Report on sanitation, dispensaries, and jails in Rajputana for 1916, and on vaccination for the year 1916-1917 - 1916-1917
Year: 1916
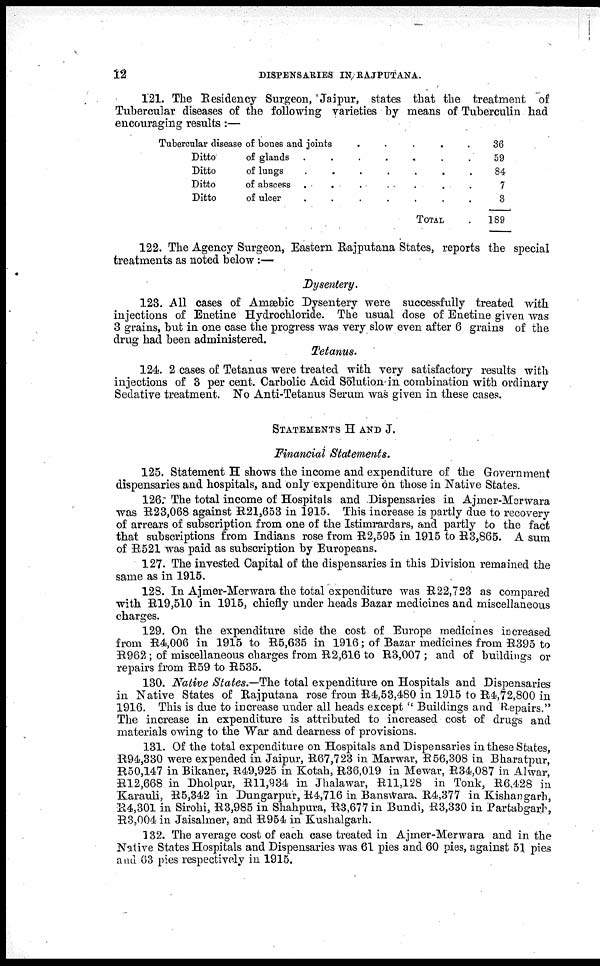
12
DISPENSARIES IN RAJPUTANA.
121. The Residency Surgeon, Jaipur, states that the treatment of
Tubercular diseases of the following varieties by means of Tuberculin had
encouraging results :—
Tubercular disease of bones and joints
.
.
.
.
.
.
Ditto
of glands .
.
.
.
.
.
.
Ditto
of lungs
.
.
.
.
.
.
.
Ditto
of abscess
.
.
.
.
.
.
.
Ditto
of ulcer
.
.
.
.
.
.
.
TOTAL .
36
59
84
7
3
189
122. The Agency Surgeon, Eastern Rajputana States, reports the special
treatments as noted below :—
Dysentery.
123. All cases of Amæbic Dysentery were successfully treated with
injections of Enetine Hydrochloride. The usual dose of Enetine given was
3 grains, but in one case the progress was very slow even after 6 grains of the
drug had been administered.
Tetanus.
124. 2 cases of Tetanus were treated with very satisfactory results with
injections of 3 per cent. Carbolic Acid Solution in combination with ordinary
Sedative treatment. No Anti-Tetanus Serum was given in these cases.
STATEMENTS H AND J.
Financial Statements.
125. Statement H shows the income and expenditure of the Government
dispensaries and hospitals, and only expenditure on those in Native States.
126. The total income of Hospitals and Dispensaries in Ajmer-Merwara
was R23,068 against R21,653 in 1915. This increase is partly due to recovery
of arrears of subscription from one of the Istimrardars, and partly to the fact
that subscriptions from Indians rose from R2,595 in 1915 to R3,865. A sum
of R521 was paid as subscription by Europeans.
127. The invested Capital of the dispensaries in this Division remained the
same as in 1915.
128. In Ajmer-Merwara the total expenditure was R 22,723 as compared
with R19,510 in 1915, chiefly under heads Bazar medicines and miscellaneous
charges.
129. On the expenditure side the cost of Europe medicines increased
from R4,006 in 1915 to R5,635 in 1916; of Bazar medicines from R395 to
R962 ; of miscellaneous charges from R2,616 to R3,007 ; and of buildings or
repairs from R59 to R535.
130. Native States.—The total expenditure on Hospitals and Dispensaries
in Native States of Rajputana rose from R4,53,480 in 1915 to R4,72,800 in
1916. This is due to increase under all heads except " Buildings and Repairs."
The increase in expenditure is attributed to increased cost of drugs and
materials owing to the War and dearness of provisions.
131. Of the total expenditure on Hospitals and Dispensaries in these States,
R94,330 were expended in Jaipur, R67,723 in Marwar, R56,308 in Bharatpur,
R50,147 in Bikaner, R49,925 in Kotah, R36,019 in Mewar, R34,087 in Alwar,
R12,668 in Dholpur, R11,934 in Jhalawar, R11,128 in Tonk, R6,428 in
Karauli, R5,342 in Dungarpur, R4,716 in Banswara. R4,377 in Kishangarh,
R4,301 in Sirohi, R3,985 in Shahpura, R3,677 in Bundi, R3,330 in Partabgarh,
R3,004 in Jaisalmer, and R954 in Kushalgarh.
132. The average cost of each case treated in Ajmer-Merwara and in the
Native States Hospitals and Dispensaries was 61 pies and 60 pies, against 51 pies
and 63 pies respectively in 1915.